Report on vaccination North-West Frontier Province 1904-1922 - 1904-1922
Year: 1904
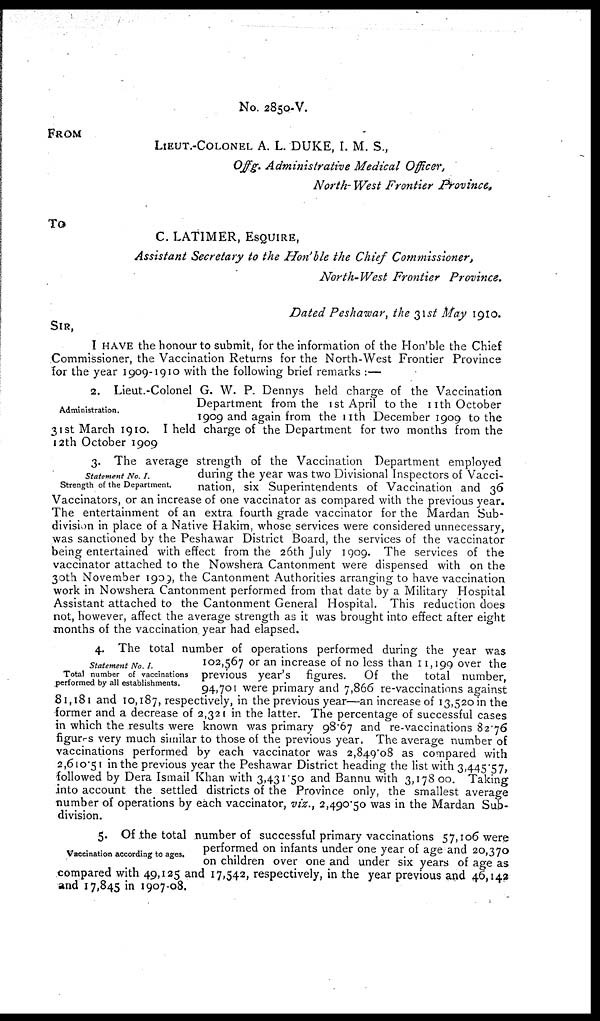
No. 2850-V.
FROM
LIEUT.-COLONEL A. L. DUKE, I. M. S.,
Offg. Administrative
Medical Officer,
North- West Frontier
Province.
To
C. LATIMER, ESQUIRE,
Assistant Secretary to the Hon'ble the Chief
Commissioner,
North-West
Frontier
Province.
Dated Peshawar, the 31st May 1910.
SIR,
I HAVE the honour to submit, for the information of the Hon'ble the Chief
Commissioner, the Vaccination Returns for the North-West Frontier Province
for the year 1909-1910 with the following brief remarks :—
Administration.
2. Lieut.-Colonel G. W. P. Dennys held charge of the Vaccination
Department from the 1st April to the 11th October
1909 and again from the 11th December 1909 to the
31st March 1910. I held charge of the Department for two months from the
12th October 1909
Statement No. I.
Strength of the Department.
3. The average strength of the Vaccination Department employed
during the year was two Divisional Inspectors of Vacci-
nation, six Superintendents of Vaccination and 36
Vaccinators, or an increase of one vaccinator as compared with the previous year.
The entertainment of an extra fourth grade vaccinator for the Mardan Sub-
division in place of a Native Hakim, whose services were considered unnecessary,
was sanctioned by the Peshawar District Board, the services of the vaccinator
being entertained with effect from the 26th July 1909. The services of the
vaccinator attached to the Nowshera Cantonment were dispensed with on the
30th November 1909, the Cantonment Authorities arranging to have vaccination
work in Nowshera Cantonment performed from that date by a Military Hospital
Assistant attached to the Cantonment General Hospital. This reduction does
not, however, affect the average strength as it was brought into effect after eight
months of the vaccination year had elapsed.
Statement No. I.
Total number of vaccinations
performed by all establishments.
4. The total number of operations performed during the year was
102,567 or an increase of no less than 11,199 over the
previous year's
figures.
Of the total number,
94,701 were primary and 7,866 re-vaccinations against
81,181 and 10,187, respectively, in the previous year—an increase of 13,520 in the
former and a decrease of 2,321 in the latter. The percentage of successful cases
in which the results were known was primary 98.67 and re-vaccinations 82.76
figures very much similar to those of the previous year. The average number of
vaccinations performed by each vaccinator was 2,849.08 as compared with
2,610.51 in the previous year the Peshawar District heading the list with 3,445.57,
followed by Dera Ismail Khan with 3,431.50 and Bannu with 3,178.00. Taking
into account the settled districts of the Province only, the smallest average
number of operations by each vaccinator, viz., 2,490.50 was in the Mardan Sub-
division.
Vaccination according to ages.
5. Of the total number of successful primary vaccinations 57,106 were
performed on infants under one year of age and 20,370
on children over one and under six years of age as
compared with 49,125 and 17,542, respectively, in the year previous and 46,142
and 17,845 in 1907-08.